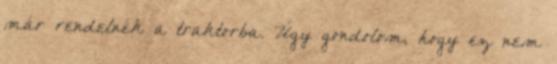
már rendelnék a traktorba. Úgy gondolom, hogy ez nem